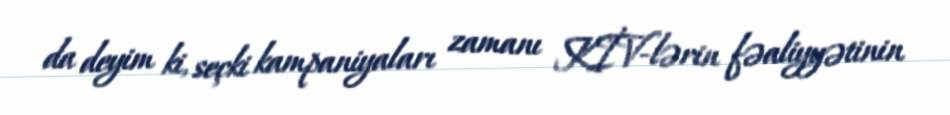
da deyim ki, seçki kampaniyaları zamanı KİV-lərin fəaliyyətinin